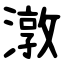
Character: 潡